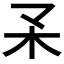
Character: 𣎼